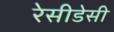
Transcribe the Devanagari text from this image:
रेसीडेसी